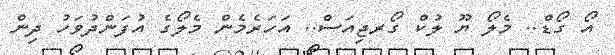
އޯ ގޯޑް.. މެލޯ ޔޫ ލުކް ގޯރޖިއަސް.. އަހަރެމެން މެލޯގެ އުފަންދުވަހު ދިން